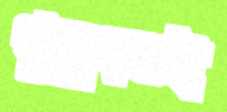
গুরুদণ্ডই